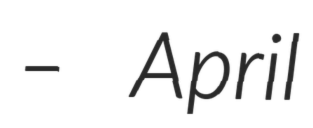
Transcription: – April